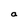
Character: a